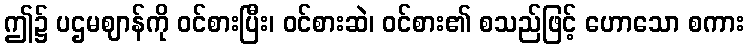
ဤ၌ ပဌမဈာန်ကို ဝင်စားပြီး၊ ဝင်စားဆဲ၊ ဝင်စား၏ စသည်ဖြင့် ဟောသော စကား